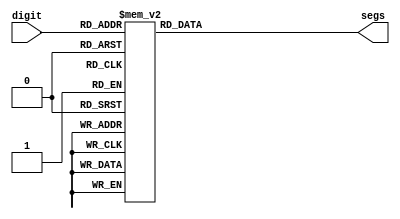
module seven_seg_decoder(input [3:0] digit, output reg [6:0] segs);

always @(digit)
begin
	segs = 0;

	case (digit[3:0])
		0	: segs[6:0] = 7'b1000000;
		1	: segs[6:0] = 7'b1111001;
		2	: segs[6:0] = 7'b0100100;
		3	: segs[6:0] = 7'b0110000;
		4	: segs[6:0] = 7'b0011001;
		5	: segs[6:0] = 7'b0010010;
		6	: segs[6:0] = 7'b0000010;
		7	: segs[6:0] = 7'b1111000;
		8	: segs[6:0] = 7'b0000000;
		9	: segs[6:0] = 7'b0010000;
		10	: segs[6:0] = 7'b0001000;
		11	: segs[6:0] = 7'b0000011;
		12	: segs[6:0] = 7'b1000110;
		13	: segs[6:0] = 7'b0100001;
		14	: segs[6:0] = 7'b0000110;
		15	: segs[6:0] = 7'b0001110;
		default: segs[6:0] = 0;	// Turn off the display when no valid digit is applied
	endcase

end
endmodule